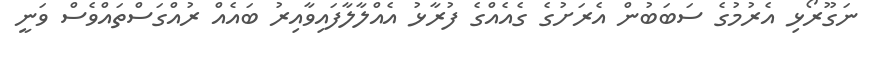
ނަގޫރޯޅި އެރުމުގެ ސަބަބުން އެރަށުގެ ގެއެއްގެ ފުރާޅު އެއްލާލާފައިވާއިރު ބައެއް ރުއްގަސްތައްވެސް ވަނީ